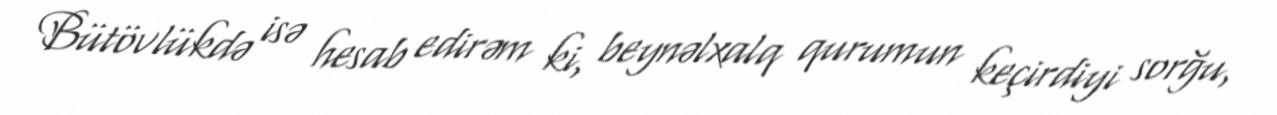
Bütövlükdə isə hesab edirəm ki, beynəlxalq qurumun keçirdiyi sorğu,